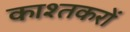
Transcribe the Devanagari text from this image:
काश्तकरों